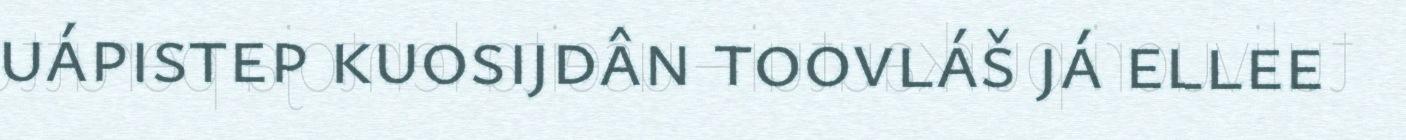
uápistep kuosijdân toovláš já ellee